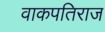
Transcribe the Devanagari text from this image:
वाकपतिराज